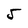
Character: 5